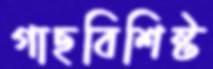
গাছবিশিষ্ট